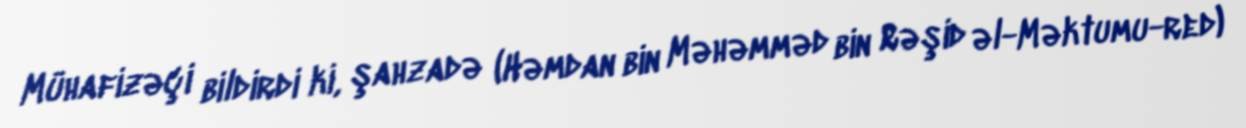
Mühafizəçi bildirdi ki, şahzadə (Həmdan bin Məhəmməd bin Rəşid əl-Məktumu-red)